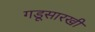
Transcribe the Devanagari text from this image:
गडूसारखी